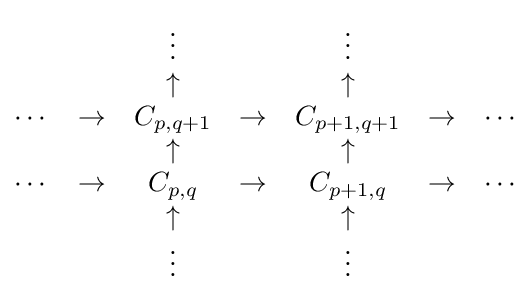
{\begin{matrix}&&\vdots &&\vdots &&\\&&\uparrow &&\uparrow &&\\\cdots &\to &C_{p,q+1}&\to &C_{p+1,q+1}&\to &\cdots \\&&\uparrow &&\uparrow &&\\\cdots &\to &C_{p,q}&\to &C_{p+1,q}&\to &\cdots \\&&\uparrow &&\uparrow &&\\&&\vdots &&\vdots &&\\\end{matrix}}